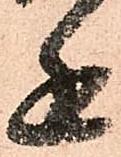
近